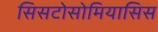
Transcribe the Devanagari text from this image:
सिसटोसोमियासिस